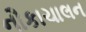
નૌકાચાલન